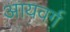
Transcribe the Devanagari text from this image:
आयवर्ग